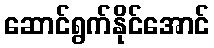
ဆောင်ရွက်နိုင်အောင်